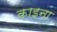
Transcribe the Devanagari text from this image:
काइना